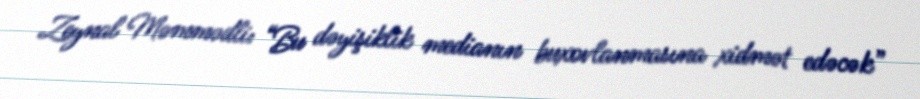
Zeynal Məmmədli: “Bu dəyişiklik medianın buxovlanmasına xidmət edəcək”